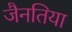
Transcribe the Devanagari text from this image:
जैनतिया